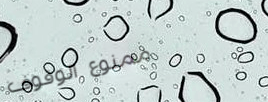
ممنوع الوقوف